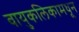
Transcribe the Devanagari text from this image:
वायुकलिकामधून